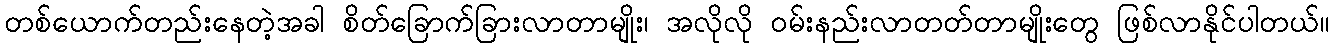
တစ်ယောက်တည်းနေတဲ့အခါ စိတ်ခြောက်ခြားလာတာမျိုး၊ အလိုလို ဝမ်းနည်းလာတတ်တာမျိုးတွေ ဖြစ်လာနိုင်ပါတယ်။